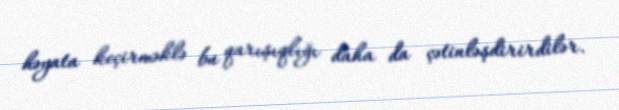
həyata keçirməklə bu qarışıqlığı daha da çətinləşdirirdilər.